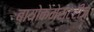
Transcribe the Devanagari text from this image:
बायोकेमेस्ट्रीज